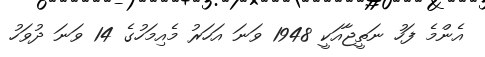
އެންމެ ފަހު ނަތީޖާއަކީ 1948 ވަނަ އަހަރު މެއިމަހުގެ 14 ވަނަ ދުވަހު